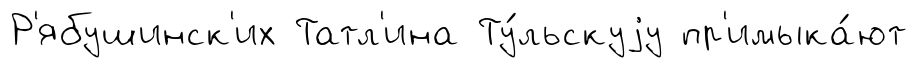
Р'ябушинск'их Татл'ина Ту́льскуjу пр'имыка́ют